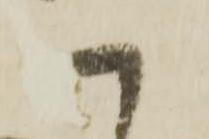
へ